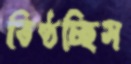
তিষ্ঠচ্ছিস